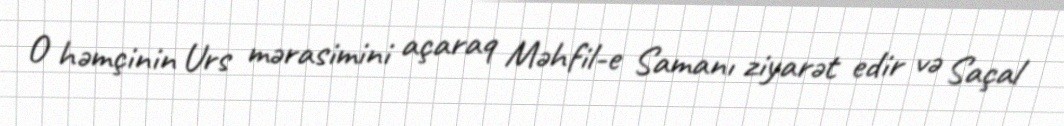
O həmçinin Urs mərasimini açaraq Məhfil-e Samanı ziyarət edir və Saçal